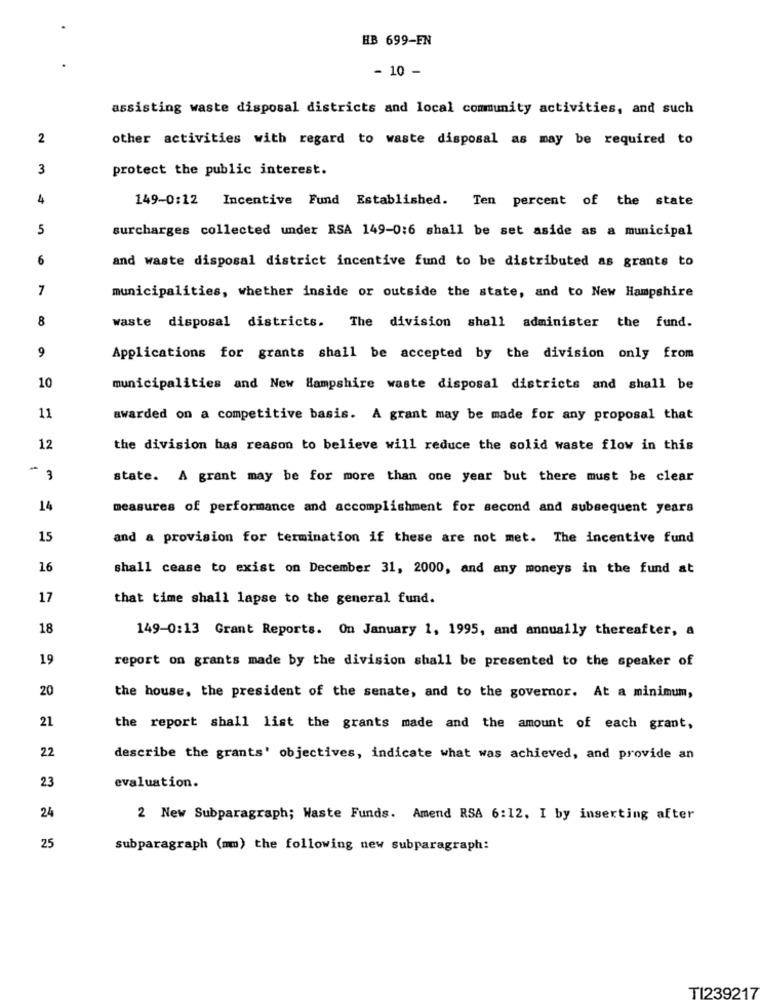
HB 699-EN
- 10 -
assisting waste disposal districts and local community activities, and such
2
other activities with regard to waste disposal as may be required to
3
protect the public interest.
4
149-0:12
Incentive Fund Established. Ten percent of the state
5
surcharges collected under RSA 149-0:6 shall be set aside as a municipal
6
and waste disposal district incentive fund to be distributed as grants to
7
municipalities, whether inside or outside the state, and to New Hampshire
8
waste disposal districts. The division shall administer the fund.
9
Applications for grants shall be accepted by the division only from
10
municipalities and New Hampshire waste disposal districts and shall be
11
awarded on a competitive basis. A grant may be made for any proposal that
12
the division has reason to believe will reduce the solid waste flow in this
-
3
state. A grant may be for more than one year but there must be clear
14
measures of performance and accomplishment for second and subsequent years
15
and a provision for termination if these are not met. The incentive fund
16
shall cease to exist on December 31, 2000, and any moneys in the fund at
17
that time shall lapse to the general fund.
18
149-0:13 Grant Reports. On January 1, 1995, and annually thereafter, a
19
report on grants made by the division shall be presented to the speaker of
20
the house, the president of the senate, and to the governor. At a minimum,
21
the report shall list the grants made and the amount of each grant,
22
describe the grants' objectives, indicate what was achieved, and provide an
23
evaluation.
24
2 New Subparagraph; Waste Funds. Amend RSA 6:12. I by inserting after
25
subparagraph (mm) the following new subparagraph:
TI239217